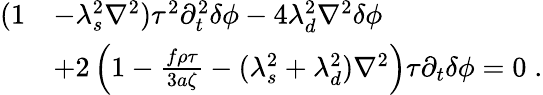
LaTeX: \begin{array}{rl}{(1}&{-\lambda_{s}^{2}\nabla^{2})\tau^{2}\partial_{t}^{2}\delta\phi-4\lambda_{d}^{2}\nabla^{2}\delta\phi}\\ &{+2\left(1-\frac{f\rho\tau}{3a\zeta}-(\lambda_{s}^{2}+\lambda_{d}^{2})\nabla^{2}\right)\tau\partial_{t}\delta\phi=0\; .}\end{array}